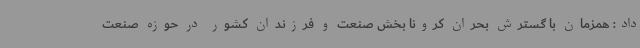
داد: همزمان با گسترش بحران کرونا بخش صنعت و فرزندان کشور در حوزه صنعت